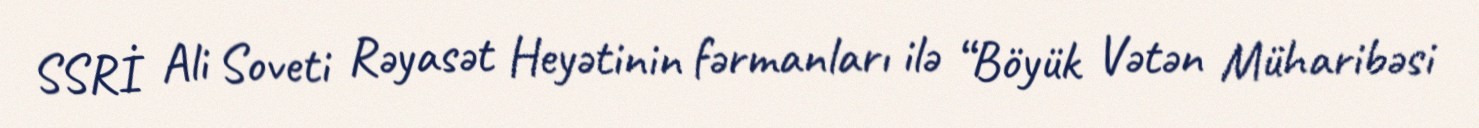
SSRİ Ali Soveti Rəyasət Heyətinin fərmanları ilə “Böyük Vətən Müharibəsi